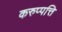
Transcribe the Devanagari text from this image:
करुप्पत्ति